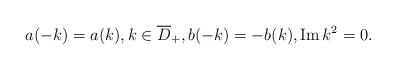
\begin{align*}a(-k)=a(k), k \in \overline{D}_+, b(-k)=-b(k), \operatorname{Im} k^{2}=0.\end{align*}